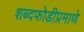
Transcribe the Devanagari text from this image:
शब्दफोडीप्रमाणे